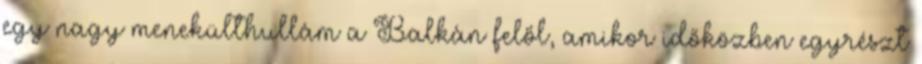
egy nagy menekülthullám a Balkán felől, amikor időközben egyrészt